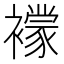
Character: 𧞑